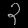
Digit: ၃